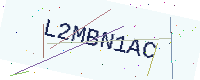
Text: L2MBN1AC